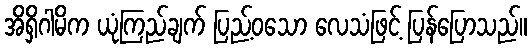
အိရှိဂါမိက ယုံကြည်ချက် ပြည့်ဝသော လေသံဖြင့် ပြန်ပြောသည်။